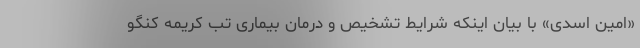
«امین اسدی» با بیان اینکه شرایط تشخیص و درمان بیماری تب کریمه کنگو